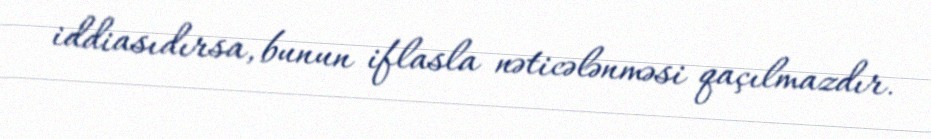
iddiasıdırsa, bunun iflasla nəticələnməsi qaçılmazdır.